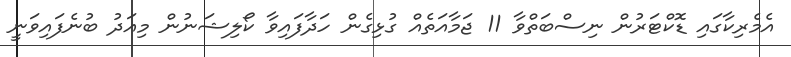
އެމެރިކާގައި ޑޮކްޓަރުން ނިސްބަތްވާ 11 ޖަމާއަތެއް ގުޅިގެން ހަދާފައިވާ ކޯލިޝަނުން މިއަދު ބުނެފައިވަނީ